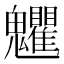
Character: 𩵅